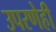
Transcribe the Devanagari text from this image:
उपरणेही